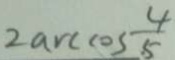
2 \arccos \frac { 4 } { 5 }